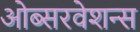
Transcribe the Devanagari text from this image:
ओब्सरवेशन्स